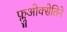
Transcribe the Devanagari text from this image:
फ्लुओक्सेतिने